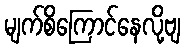
မျက်စိကြောင်နေလို့ဗျ